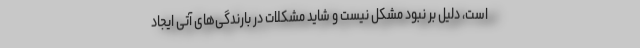
است، دلیل بر نبود مشکل نیست و شاید مشکلات در بارندگی‌های آتی ایجاد